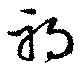
禍